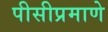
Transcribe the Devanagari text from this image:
पीसीप्रमाणे